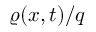
\varrho ( { x } , t ) / q